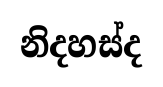
නිදහස්ද